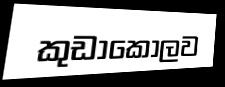
කුඩාකොලව